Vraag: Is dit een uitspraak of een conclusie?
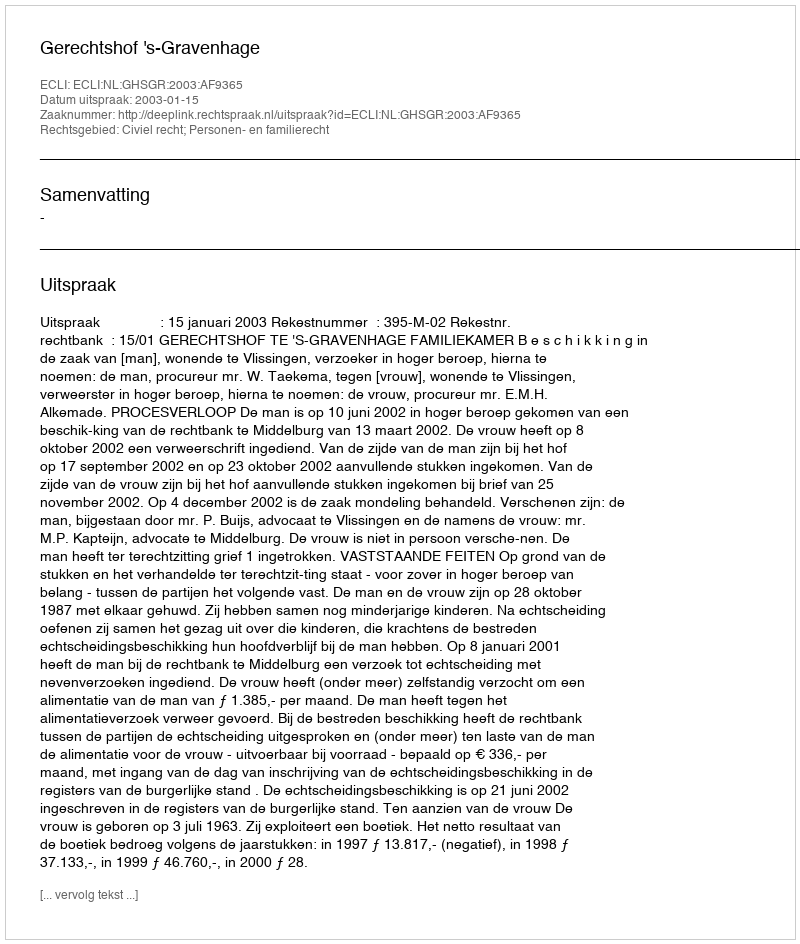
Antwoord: Uitspraak